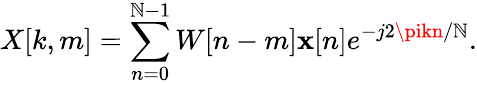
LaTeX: X[k,m]=\sum_{n=0}^{\mathbb{N}-1}W[n-m]\mathbf{x}[n]e^{-j2\pikn/\mathbb{N}}.